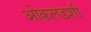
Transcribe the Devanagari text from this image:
ओकलंडशी